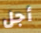
أجل